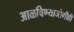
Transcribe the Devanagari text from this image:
आळविण्याजोगीही